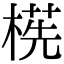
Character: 㮱